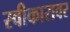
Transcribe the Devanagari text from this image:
स्वीकारावर